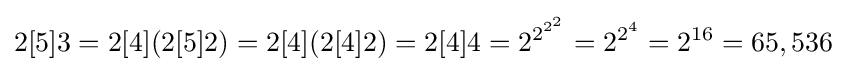
2[5]3=2[4](2[5]2)=2[4](2[4]2)=2[4]4=2^{2^{2^{2}}}=2^{2^{4}}=2^{16}=65,536